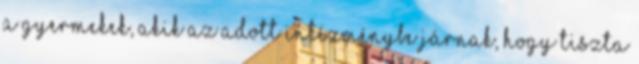
a gyermekek, akik az adott intézménybe járnak, hogy tiszta